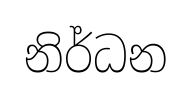
නිර්ධන